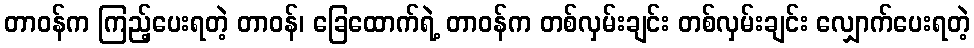
တာဝန်က ကြည့်ပေးရတဲ့ တာဝန်၊ ခြေထောက်ရဲ့ တာဝန်က တစ်လှမ်းချင်း တစ်လှမ်းချင်း လျှောက်ပေးရတဲ့